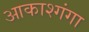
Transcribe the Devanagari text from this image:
आकाश्गंगा